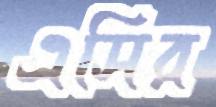
এসির